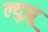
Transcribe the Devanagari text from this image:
ल्युझू